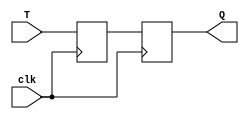
module T_flip_flop(
    input clk,
    input T,
    output reg Q
);

reg D1, D2;

always @(posedge clk) begin
    D1 <= T;
end

assign D2 = D1;

always @(posedge clk) begin
    Q <= D2;
end

endmodule